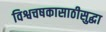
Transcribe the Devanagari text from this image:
विश्वचषकासाठीसुद्धा